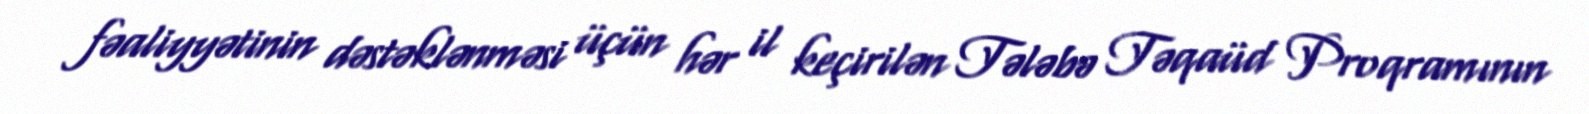
fəaliyyətinin dəstəklənməsi üçün hər il keçirilən Tələbə Təqaüd Proqramının